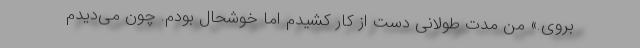
بروی.» من مدت طولانی دست از کار کشیدم اما خوشحال بودم. چون می‌دیدم